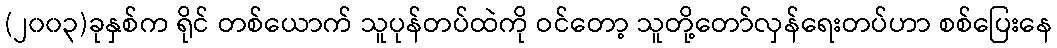
(၂၀၀၃)ခုနှစ်က ရိုင် တစ်ယောက် သူပုန်တပ်ထဲကို ဝင်တော့ သူတို့တော်လှန်ရေးတပ်ဟာ စစ်ပြေးနေ